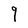
Character: q